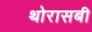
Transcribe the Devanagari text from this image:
थोरासबी